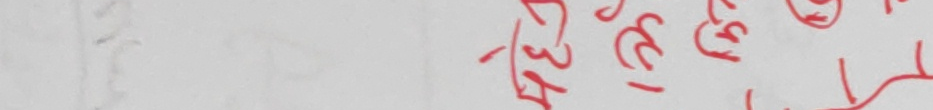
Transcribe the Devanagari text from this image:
-२३५